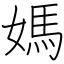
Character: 媽